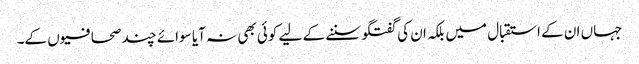
جہاں ان کے استقبال میں بلکہ ان کی گفتگو سننے کے لیے کوئی بھی نہ آیا سوائے چند صحافیوں کے۔